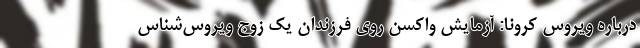
درباره ویروسِ کرونا: آزمایشِ واکسن روی فرزندان یک زوجِ ویروس‌شناس